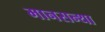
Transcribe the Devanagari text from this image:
मानसन्था